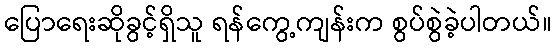
ပြောရေးဆိုခွင့်ရှိသူ ရန်ကွေ့ကျန်းက စွပ်စွဲခဲ့ပါတယ်။